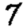
Digit: 7